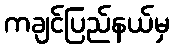
ကချင်ပြည်နယ်မှ